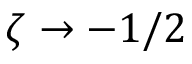
\zeta \rightarrow - 1 / 2